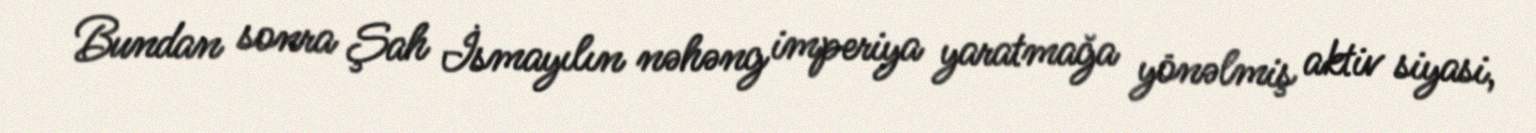
Bundan sonra Şah İsmayılın nəhəng imperiya yaratmağa yönəlmiş aktiv siyasi,